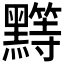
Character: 𱋺